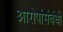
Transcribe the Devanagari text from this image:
आरोपांसंबंधी